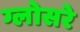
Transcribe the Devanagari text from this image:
ग्लोसरे